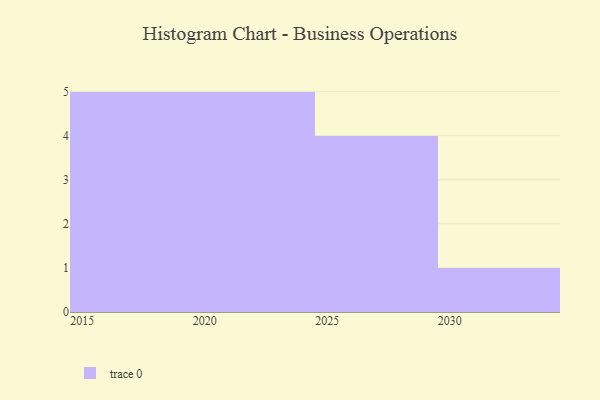
{"axis": {"x": "Year", "y": "Net Income (USD K)"}, "legend": [""], "data": [{"x": "2029", "y": 59, "type": ""}, {"x": "2025", "y": 69, "type": ""}, {"x": "2022", "y": 51, "type": ""}, {"x": "2015", "y": 5, "type": ""}, {"x": "2023", "y": 74, "type": ""}, {"x": "2020", "y": 43, "type": ""}, {"x": "2017", "y": 42, "type": ""}, {"x": "2024", "y": 43, "type": ""}, {"x": "2016", "y": 57, "type": ""}, {"x": "2028", "y": 37, "type": ""}, {"x": "2030", "y": 81, "type": ""}, {"x": "2018", "y": 16, "type": ""}, {"x": "2019", "y": 56, "type": ""}, {"x": "2021", "y": 20, "type": ""}, {"x": "2026", "y": 48, "type": ""}]}